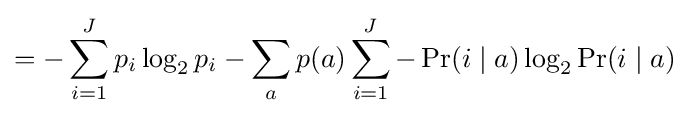
=-\sum _{i=1}^{J}p_{i}\log _{2}p_{i}-\sum _{a}p(a)\sum _{i=1}^{J}-\Pr(i\mid a)\log _{2}\Pr(i\mid a)